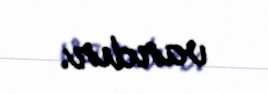
vardır.